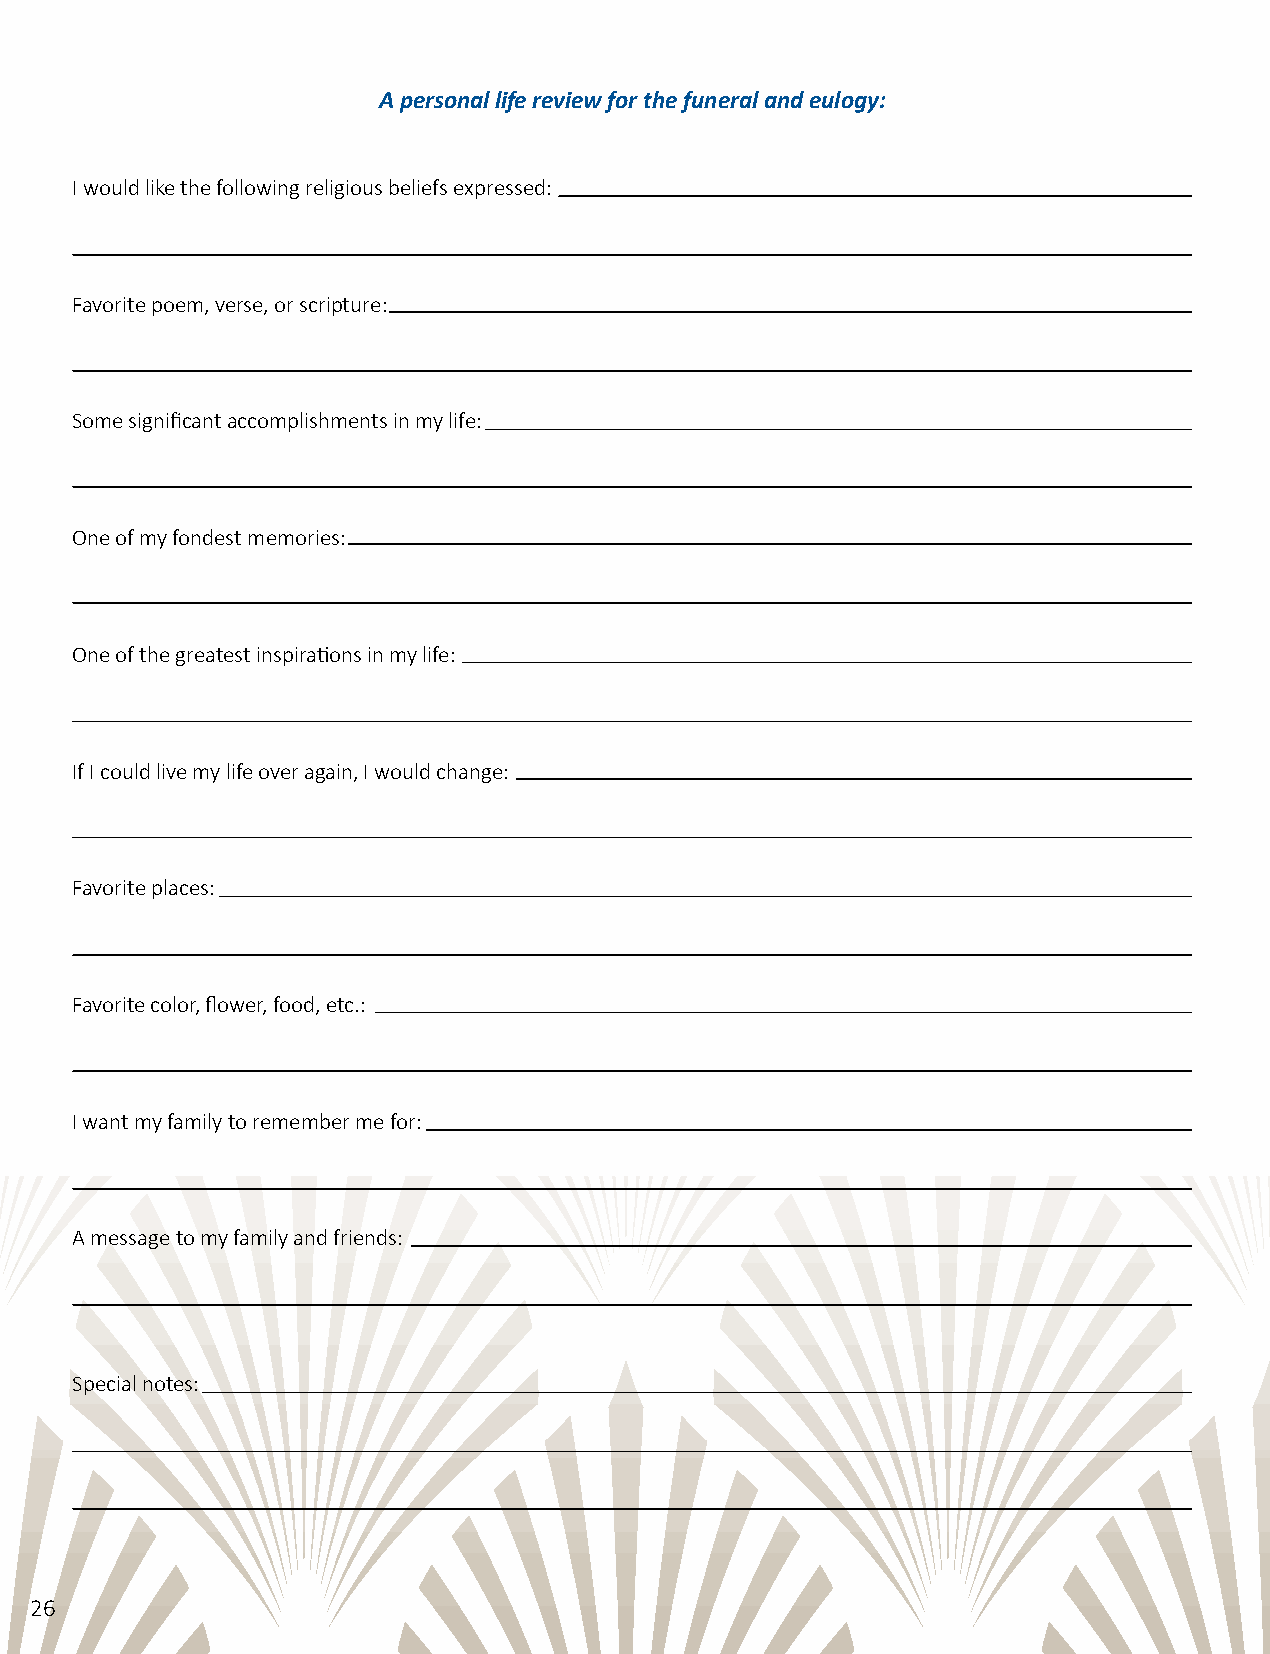
A personal life review for the funeral and eulogy:
 I would like the following religious beliefs expressed:
 Favorite poem, verse, or scripture:
 Some significant accomplishments in my life:
 One of my fondest memories:
 One of the greatest inspirations in my life:
 If I could live my life over again, I would change:
 Favorite places:
 Favorite color, flower, food, etc.:
 I want my family to remember me for:
 A message to my family and friends:
 Special notes:
 26